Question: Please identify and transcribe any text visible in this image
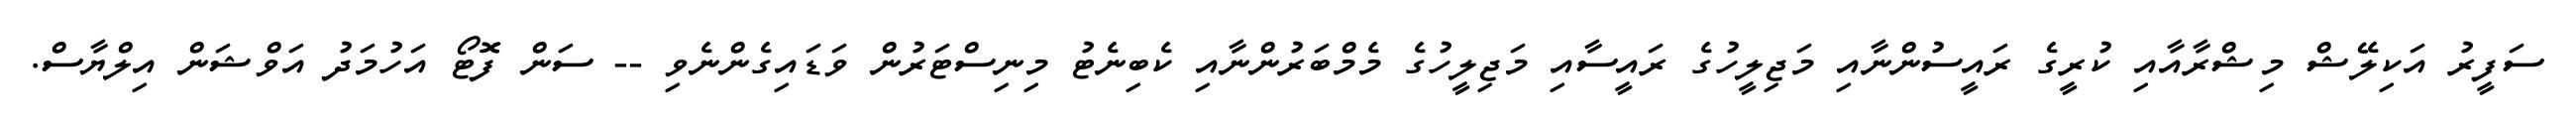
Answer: ސަފީރު އަކިލޭޝް މިޝްރާއާއި ކުރީގެ ރައީސުންނާއި މަޖިލީހުގެ ރައީސާއި މަޖިލީހުގެ މެމްބަރުންނާއި ކެބިނެޓު މިނިސްޓަރުން ވަޑައިގެންނެވި -- ސަން ފޮޓޯ އަހުމަދު އަވްޝަން އިލްޔާސް.